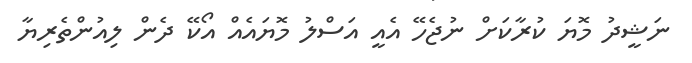
ނަޝީދު މޮޔަ ކުރާކަށް ނުޖެހޭ އެއީ އަސްލު މޮޔައެއް އޯކޭ ދެން ލިއުންތެރިޔާ